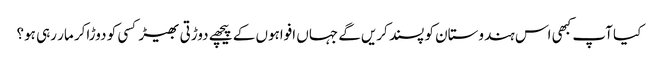
کیا آپ کبھی اس ہندوستان کو پسند کریں‌گے جہاں افواہوں کے پیچھے دوڑتی بھیڑ کسی کو دوڑاکر مار رہی ہو؟